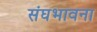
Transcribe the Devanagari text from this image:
संघभावना